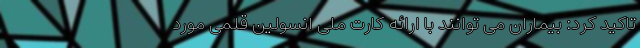
تاکید کرد: بیماران می توانند با ارائه کارت ملی انسولین قلمی مورد